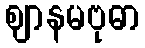
ဈာနမဗုဓာ